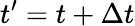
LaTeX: t^{\prime}=t+\Delta t